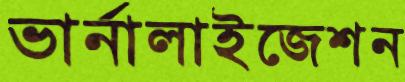
ভার্নালাইজেশন